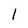
Character: l